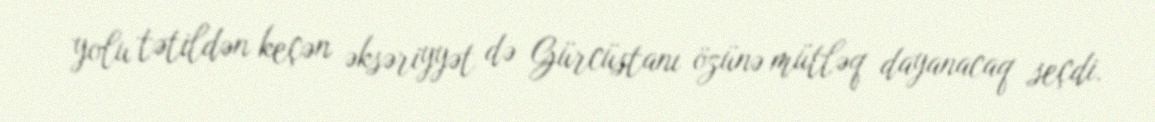
yolu tətildən keçən əksəriyyət də Gürcüstanı özünə mütləq dayanacaq seçdi.